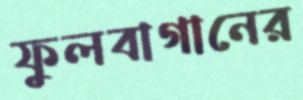
ফুলবাগানের